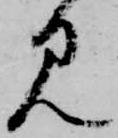
見